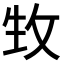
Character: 𤯛